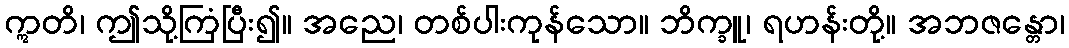
ဣတိ၊ ဤသို့ကြံပြီး၍။ အညေ၊ တစ်ပါးကုန်သော။ ဘိက္ခူ၊ ရဟန်းတို့။ အဘဇန္တော၊